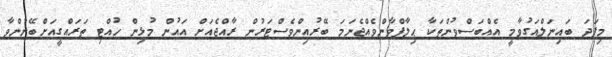
މިފަދަ ބައިނަލްއަގުވާމީ އެއްބަސްވުންތަކާ ޙިލާފްވާންވެއްޖެނަމަ ބޭރުއިންވެސްޓަރުން ރާއްޖެއަށް އައުން މުޅިން ހުއްޓި ތަރައްގީއަށްބޭނުންވާ